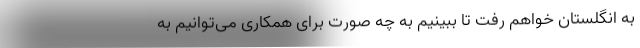
به انگلستان خواهم رفت تا ببینیم به چه صورت برای همکاری می‌توانیم به